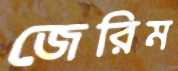
জেরিম